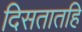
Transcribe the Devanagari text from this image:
दिसतातहि